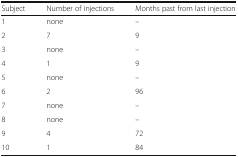
<table><thead><tr><td><b>Subject</b></td><td><b>Number of injections</b></td><td><b>Months past from last injection</b></td></tr></thead><tbody><tr><td>1</td><td>none</td><td>–</td></tr><tr><td>2</td><td>7</td><td>9</td></tr><tr><td>3</td><td>none</td><td>–</td></tr><tr><td>4</td><td>1</td><td>9</td></tr><tr><td>5</td><td>none</td><td>–</td></tr><tr><td>6</td><td>2</td><td>96</td></tr><tr><td>7</td><td>none</td><td>–</td></tr><tr><td>8</td><td>none</td><td>–</td></tr><tr><td>9</td><td>4</td><td>72</td></tr><tr><td>10</td><td>1</td><td>84</td></tr></tbody></table>